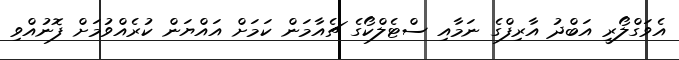
އެވަގްލޯރީ އަބްދު އާރިފްގެ ނަމާއި ސްޓެލްކޯގެ ޗެއާމަން ކަމަށް އައްޔަން ކުރެއްވުމަށް ފޮނުއްވި